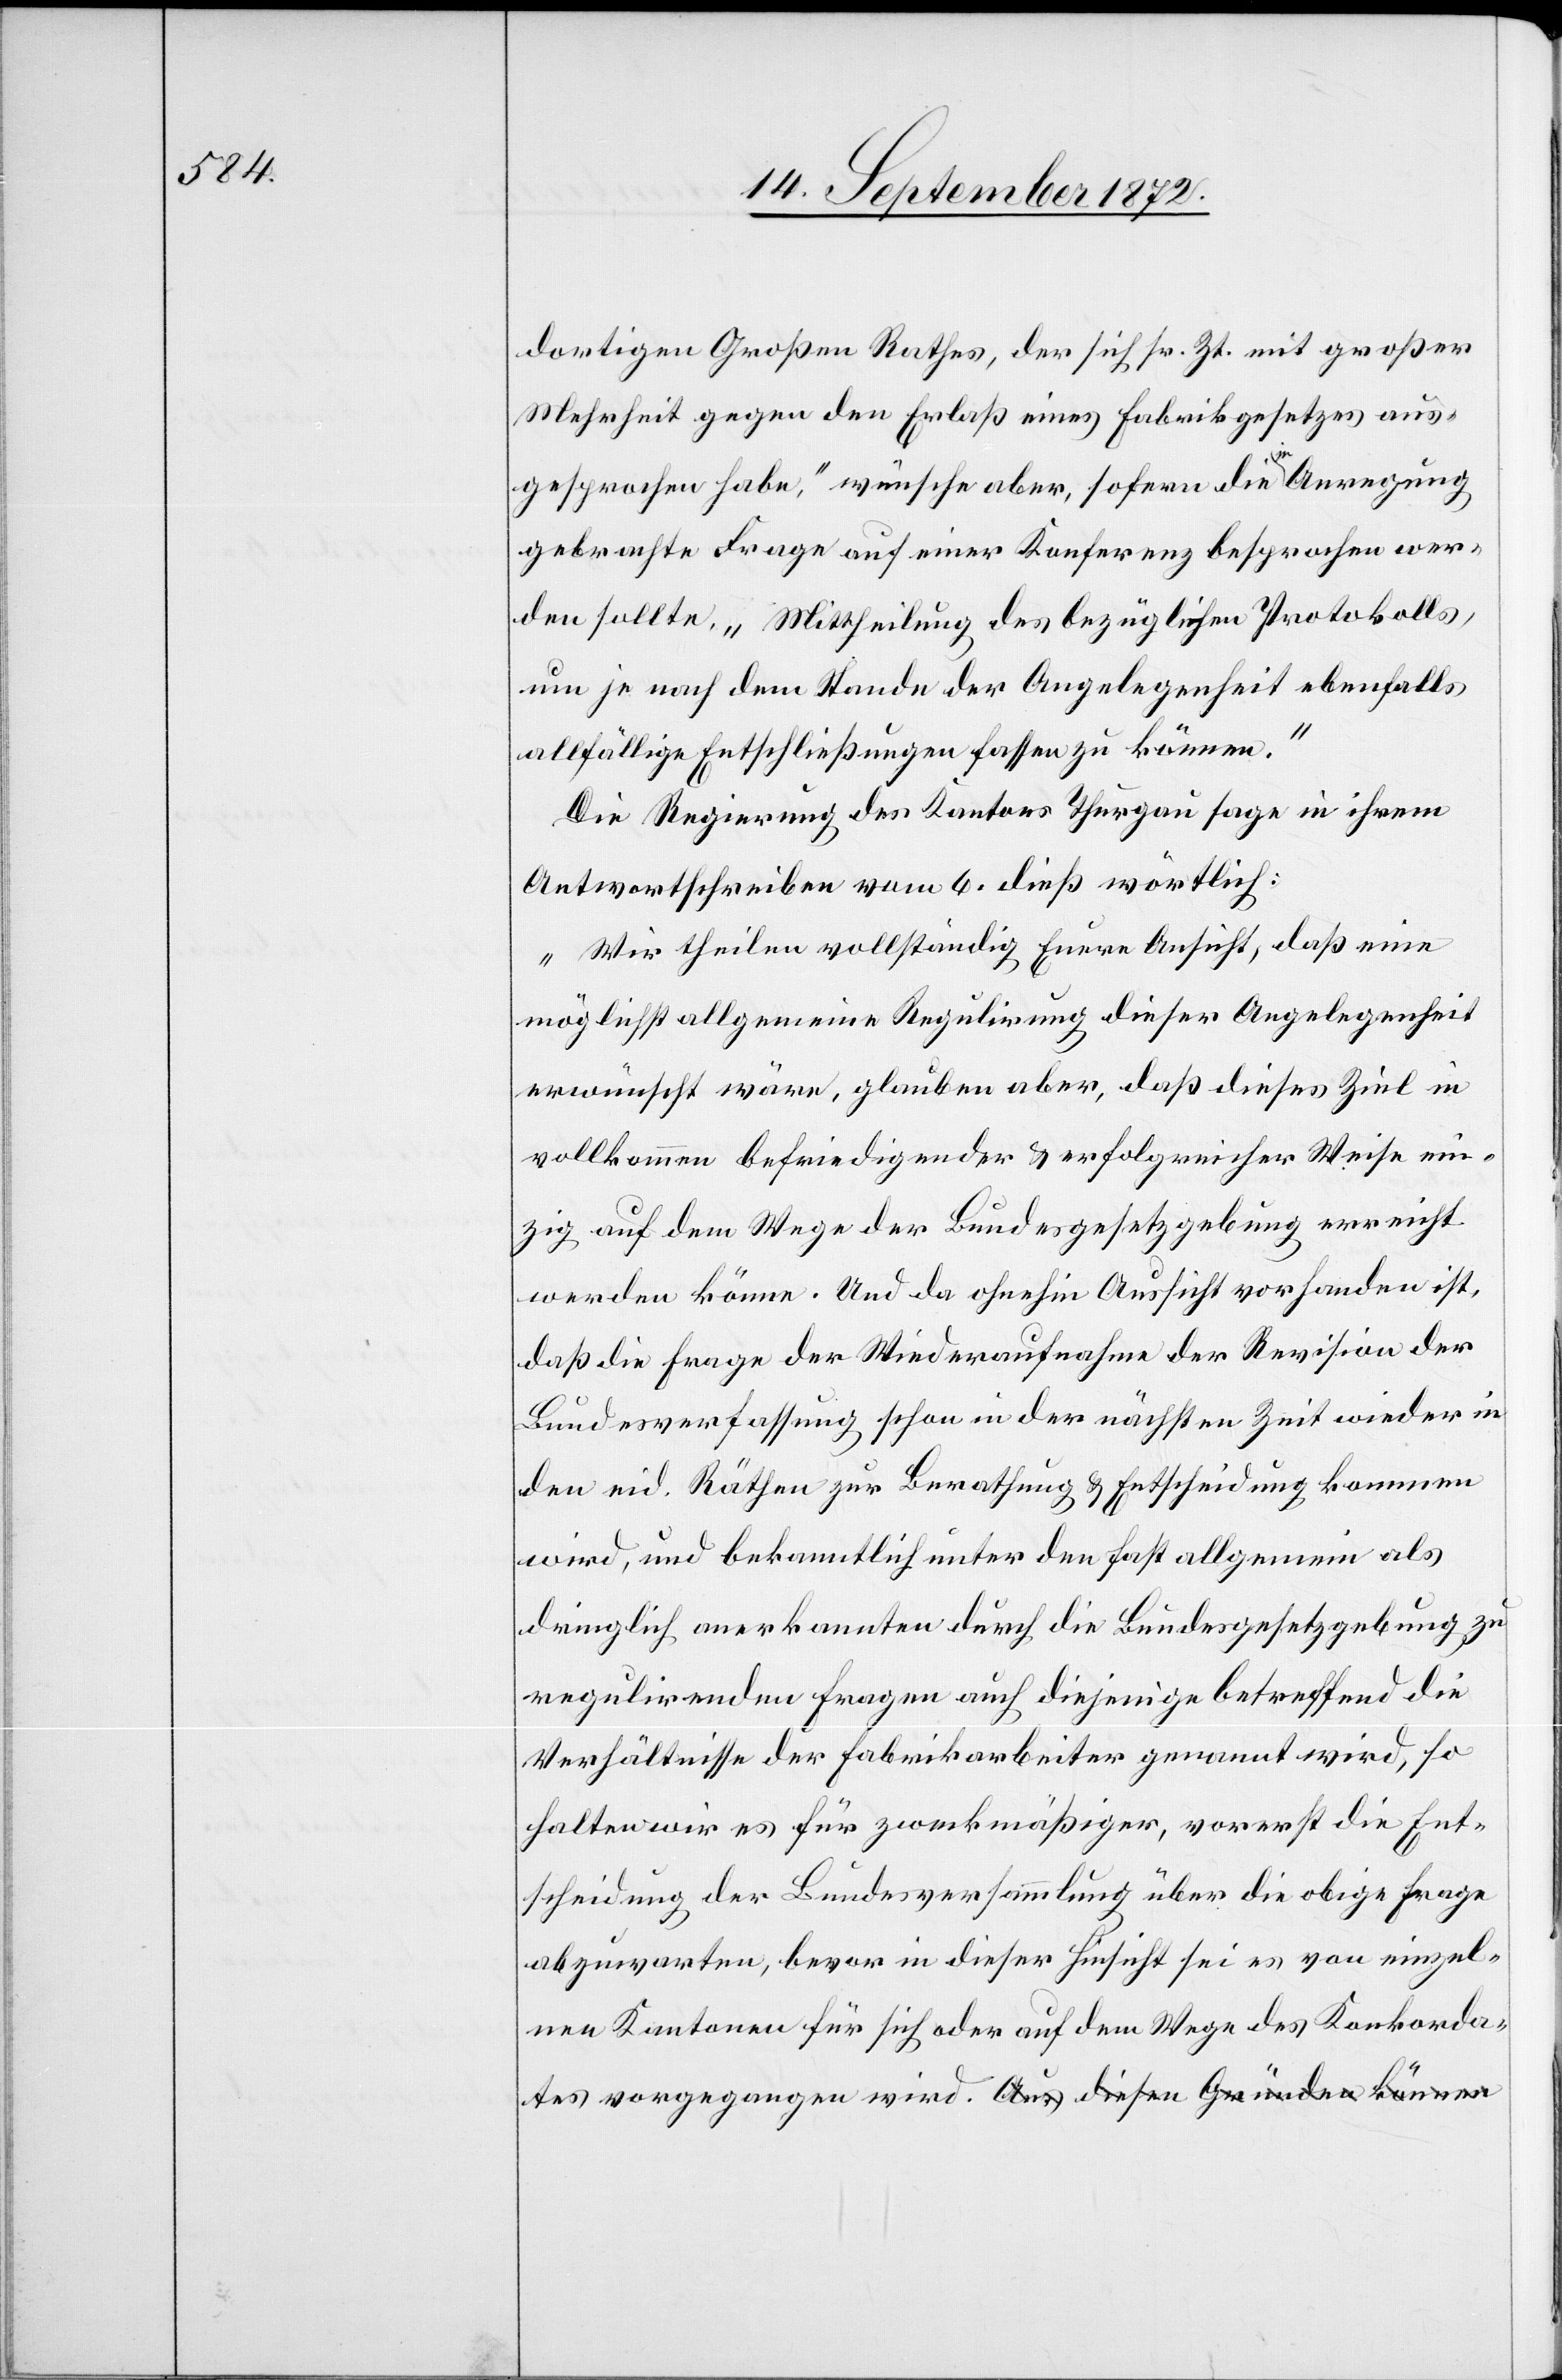
dortigen Großen Rathes, der sich sr. Zt. mit großer
Mehrheit gegen den Erlaß eines Fabrikgesetzes aus¬
gesprochen habe,“ wünsche aber, sofern die in Anregung
gebrachte Frage auf einer Konferenz besprochen wer¬
den sollte, „Mittheilung des bezüglichen Protokolls,
um je nach dem Stande der Angelegenheit ebenfalls
allfällige Entschließungen fassen zu können.“
Die Regierung des Kantons Thurgau sage in ihrem
Antwortschreiben vom 6. dieß wörtlich:
„Wir theilen vollständig Euere Ansicht, daß eine
möglichst allgemeine Regulirung dieser Angelegenheit
erwünscht wäre, glauben aber, daß dieses Ziel in
vollkommen befriedigender u. erfolgreicher Weise ein¬
zig auf dem Wege der Bundesgesetzgebung erreicht
werden könne. Und da ohnehin Aussicht vorhanden ist,
daß die Frage der Wiederaufnahme der Revision der
Bundesverfassung schon in der nächsten Zeit wieder in
den eid. Räthen zur Berathung u. Entscheidung kommen
wird, und bekanntlich unter den fast allgemein als
dringlich anerkannten durch die Bundesgesetzgebung zu
regulirenden Fragen auch diejenige betreffend die
Verhältnisse der Fabrikarbeiter genannt wird, so
halten wir es für zweckmäßiger, vorerst die Ent¬
scheidung der Bundesversammlung über die obige Frage
abzuwarten, bevor in dieser Hinsicht sei es von einzel¬
nen Kantonen für sich oder auf dem Wege des Konkordates